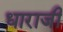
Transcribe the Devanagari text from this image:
धाराजी